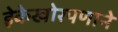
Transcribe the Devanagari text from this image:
हेकेखोरपणाने